Civil Veterinary Dept. Bombay admin report 1932-41 - 1932-1941
Year: 1932
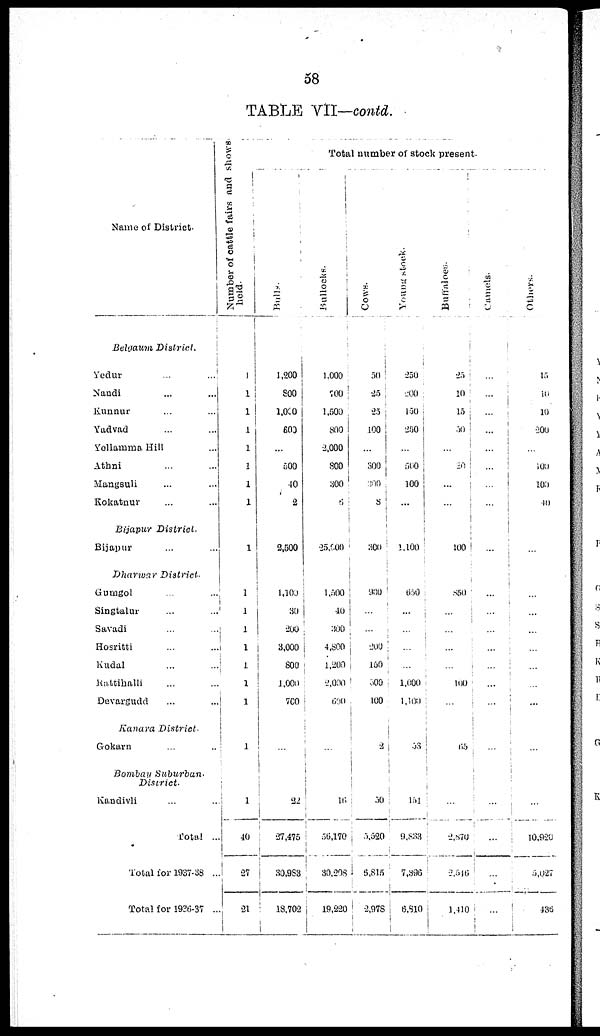
58
TABLE VII—contd.
Name of District.
Belgaum
District.
Yedur ... ...
Nandi ... ...
Kunnur ... ...
Yadvad ... ...
Yollamraa Hill ...
Athni ... ...
Mangsuli ... ...
Kokatnur ... ...
Bijapur
District.
Bijapur ... ...
Dharwar
District.
Gumgol ... ...
Singtalur ... ...
Savadi ... ...
Hosritti ... ...
Kudal ... ...
Rattihalli ... ...
Devargudd ... ...
Kanara
District.
Gokarn ... ...
Bombay
Suburban
District.
Kandivli ... ...
Total
..
Total for 1937-38 ..
Total for 1926-37 .
Number of cattle fairs and shows.
held.
1
1
1
1
1
1
1
1
1
1
1
1
1
1
1
1
1
1
40
27
21
Total number of stock present.
Bulls
1,200
800
1,000
600
...
500
40
2
2,500
1,100
30
200
3,000
800
1,000
100
...
22
27,475
30,983
18,702
Bullocks.
1,000
700
1,500
800
2,000
800
300
6
25,000
1,500
40
300
4,800
1,200
2,000
600
...
16
56,170
30,208
19,220
Cows.
50
25
25
100
...
300
300
8
300
980
...
...
200
150
300
100
2
50
5,520
6,815
2,978
Young stock.
250
200
150
250
...
560
100
...
1,100
650
...
...
...
...
1,000
1,100
53
151
9,833
7,396
6,810
Buffaloes.
25
10
15
30
...
20
...
...
100
850
...
...
...
...
100
65
...
2,870
2,546
1,410
Camels.
...
...
...
...
...
...
...
...
...
...
...
...
...
...
...
...
...
...
...
...
Others.
15
10
10
200
...
100
100
40
...
...
...
...
...
...
...
...
...
...
10,920
5,027
435